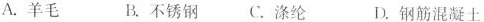
A.羊毛 B.不锈钢 C.涤纶 D.钢筋混凝